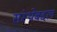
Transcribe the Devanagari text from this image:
संस्थेबद्दल